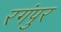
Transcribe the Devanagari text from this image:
रगंपुर